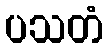
ပသတံ